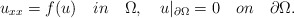
\begin{align*}u_{xx}=f(u) \quad in \quad \Omega,\quad u|_{\partial{\Omega}}=0 \quad on \quad \partial\Omega.\end{align*}